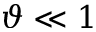
\vartheta \ll 1